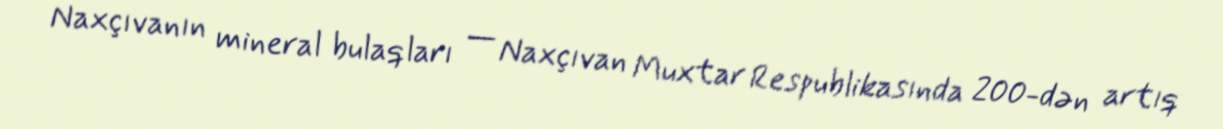
Naxçıvanın mineral bulaqları — Naxçıvan Muxtar Respublikasında 200-dən artıq